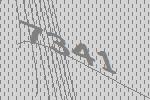
7341